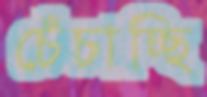
চেঁচাচ্ছি